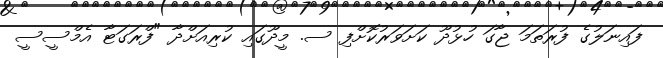
ފައިނަލުގެ ފުރަތަމަ ޖާގަ ހުޅުދޫ ކަށަވަރުކޮށްފި ސ. މީދޫގައި ކުރިއަށްދާ "ފްރަގަޓާ އެމްސީސީ